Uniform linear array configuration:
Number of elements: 48
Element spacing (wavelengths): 0.5
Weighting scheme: exponential
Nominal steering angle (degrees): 45
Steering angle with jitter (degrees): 45.13
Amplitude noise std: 0.05
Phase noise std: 0.05

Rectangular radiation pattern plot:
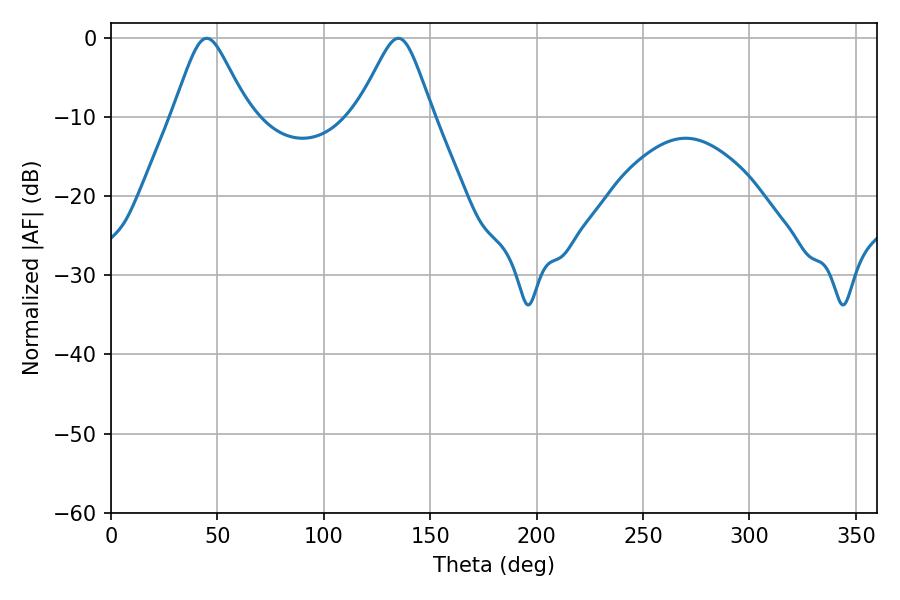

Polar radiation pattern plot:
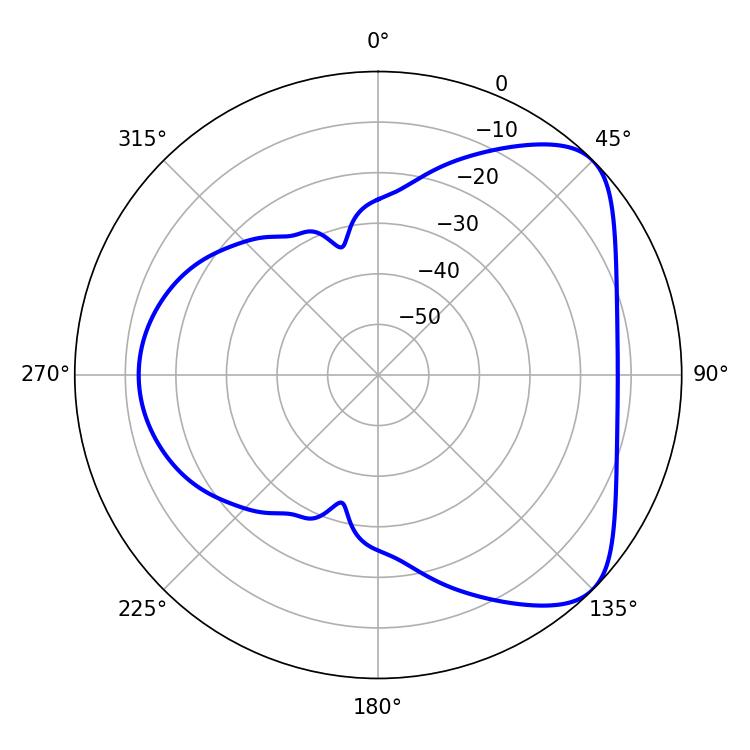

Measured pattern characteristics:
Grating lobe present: FALSE
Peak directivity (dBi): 5.958
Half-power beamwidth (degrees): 16.92
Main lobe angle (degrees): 45